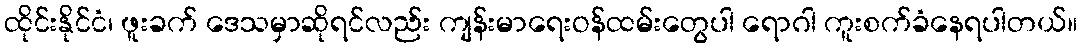
ထိုင်းနိုင်ငံ၊ ဖူးခက် ဒေသမှာဆိုရင်လည်း ကျန်းမာရေးဝန်ထမ်းတွေပါ ရောဂါ ကူးစက်ခံနေရပါတယ်။